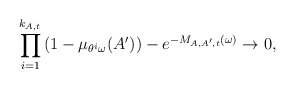
\begin{align*}\prod_{i=1}^{k_{A,t}}\left(1-\mu_{\theta^i\omega}(A')\right) - e^{-M_{A, A',t}(\omega)} \to 0,\end{align*}